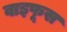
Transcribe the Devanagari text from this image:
वाइफूस